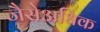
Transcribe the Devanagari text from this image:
जैसेअधिक